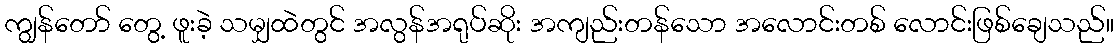
ကျွန်တော် တွေ့ ဖူးခဲ့ သမျှထဲတွင် အလွန်အရုပ်ဆိုး အကျည်းတန်သော အလောင်းတစ် လောင်းဖြစ်ချေသည်။